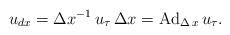
LaTeX: \begin{align*}u_{dx}=\Delta x^{-1}\,u_\tau\,\Delta x=\mbox{Ad}_{\Delta\,x}\,u_\tau.\end{align*}